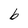
Character: b